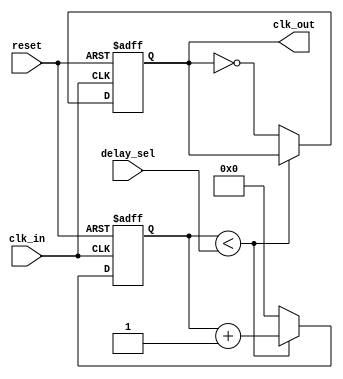
module DelayClockBuffer (
    input wire clk_in,          // Input clock signal
    input wire reset,           // Reset signal
    input wire [3:0] delay_sel, // Delay selection (4-bit for 16 delay levels)
    output reg clk_out          // Output delayed clock signal
);

    // Parameters for delay settings
    parameter MAX_DELAY = 15;   // Maximum delay level
    parameter MIN_DELAY = 0;     // Minimum delay level

    // Internal signal for delay control
    reg [3:0] delay_counter;     // Counter for delay control

    // Clock generation with delay
    always @(posedge clk_in or posedge reset) begin
        if (reset) begin
            clk_out <= 0;        // Reset output clock
            delay_counter <= 0;  // Reset delay counter
        end else begin
            // Update delay counter based on selected delay
            if (delay_counter < delay_sel) begin
                delay_counter <= delay_counter + 1;
            end else begin
                clk_out <= ~clk_out; // Toggle output clock after delay
                delay_counter <= 0;   // Reset counter after toggling
            end
        end
    end

endmodule